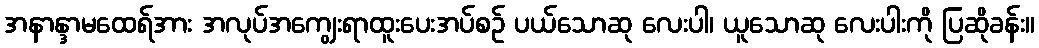
အနာန္ဒာမထေရ်အား အလုပ်အကျွေးရာထူးပေးအပ်စဉ် ပယ်သောဆု လေးပါ၊ ယူသောဆု လေးပါးကို ပြဆိုခန်း။